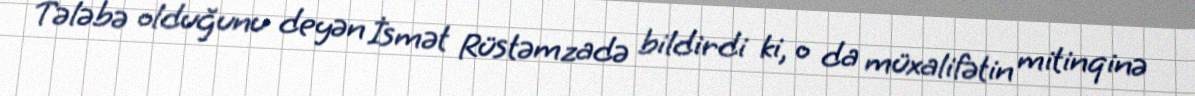
Tələbə olduğunu deyən İsmət Rüstəmzadə bildirdi ki, o da müxalifətin mitinqinə